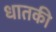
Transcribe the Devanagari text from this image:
धातकी